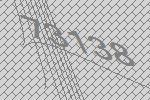
73138